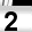
Digit: 2